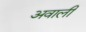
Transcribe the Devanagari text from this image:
अवाली